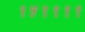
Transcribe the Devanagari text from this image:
१५११११